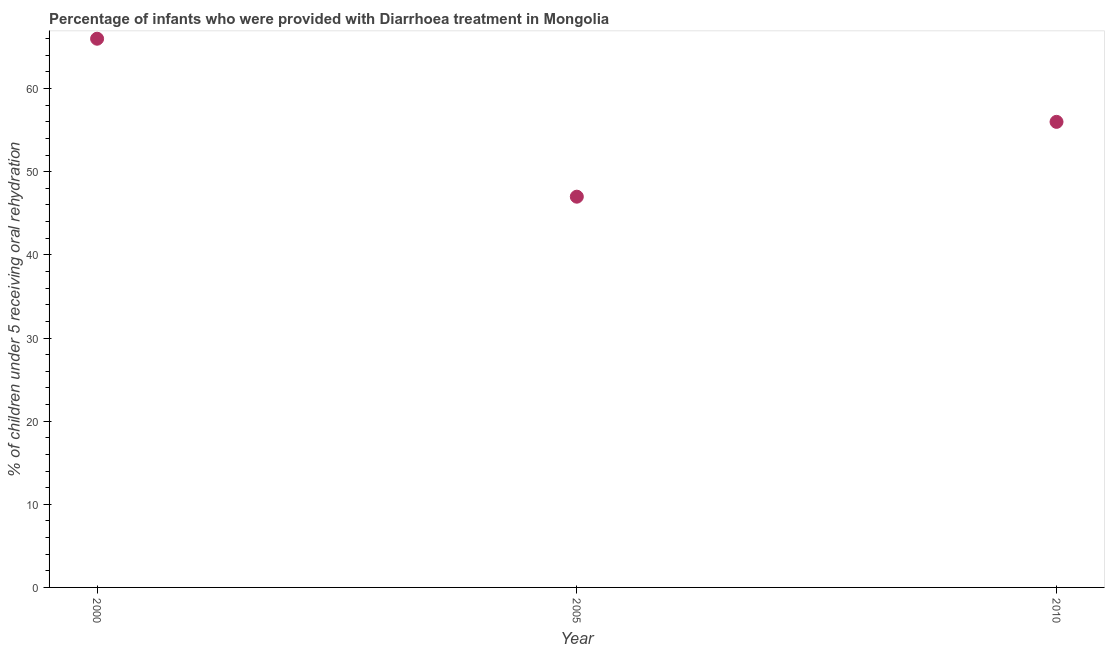
| Year | Diarrhea treatment |
 | --- | --- |
 | 2000 | 66 |
 | 2005 | 47 |
 | 2010 | 56 |